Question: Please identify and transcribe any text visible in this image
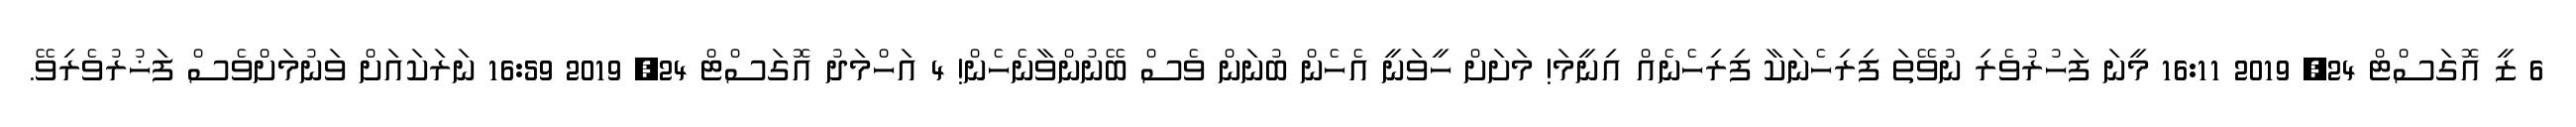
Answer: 6 ޒީ އޮގަސްޓް 24, 2019 16:11 މީނަ ފަހުރުވެރި ނުވޭތަ ފިރިހެނަކާ ފިރިހެނެއް އިނީމަ! މަށަށް ހީވަނީ އެހެން ބުނަން ވެސް ބޭނުންވާނެހެން! 4 އަހްމަދު އޮގަސްޓް 24, 2019 16:59 ނަރަކައަށް ވަނުމަށްވެސް ފަޚުރުވެރިވޭ.